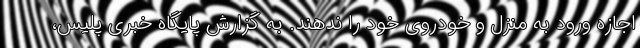
اجازه ورود به منزل و خودروی خود را ندهند. به گزارش پایگاه خبری پلیس،